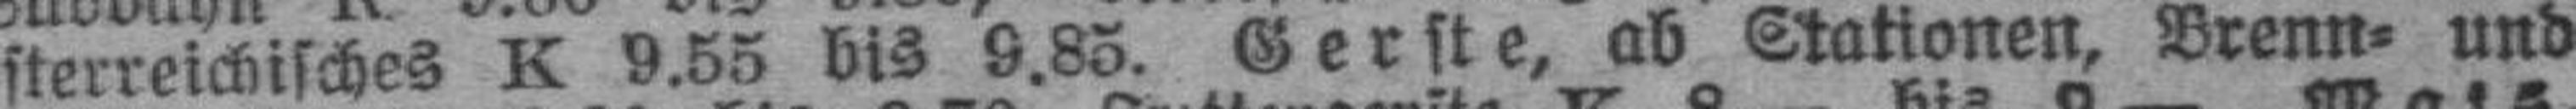
österreichisches K 9.55 bis 9.85. Gerste, ab Stationen, Brenn= und